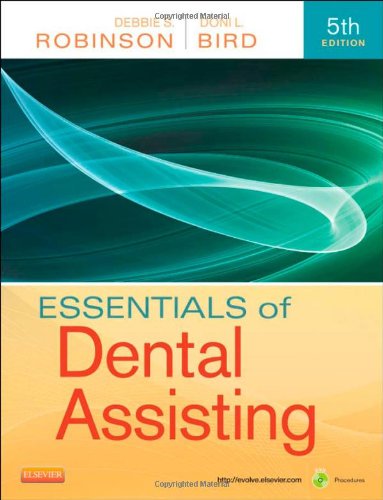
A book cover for Essentials of Dental Assisting, 5e; Debbie S. Robinson CDA  MS; Medical Books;